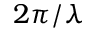
2 \pi / \lambda